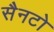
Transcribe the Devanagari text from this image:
सैनटो